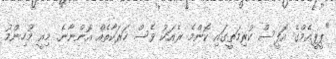
"ޕީޕީއެމްގެ އޮފީސް ކުރިމަތީގައި ކޮންމެ ރެއަކު ވެސް ހަރަކާތެއް އޮންނާނެ. މިއީ މުހިންމު